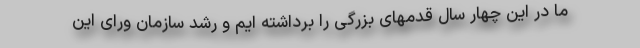
ما در این چهار سال قدمهای بزرگی را برداشته ایم و رشد سازمان ورای این